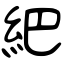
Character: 紦